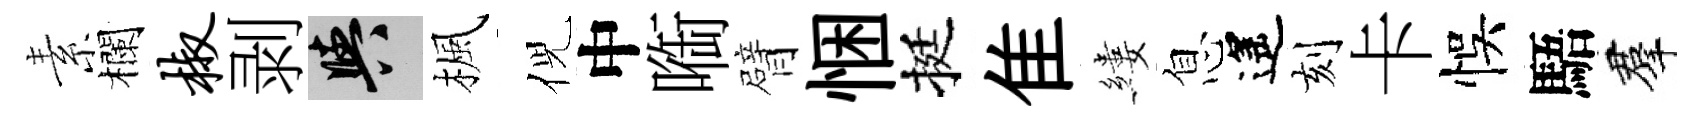
素欄椒剥阳楓倪中㗸臂悃挺隹縷息遙刻卡悞䮏羣